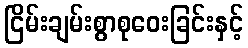
ငြိမ်းချမ်းစွာစုဝေးခြင်းနှင့်